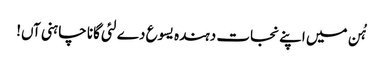
ہُن میں اپنے نجات دہندہ یسوع دے لئی گانا چاہنی آں!